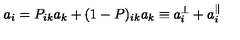
a _ { i } = P _ { i k } a _ { k } + ( 1 - P ) _ { i k } a _ { k } \equiv a _ { i } ^ { \perp } + a _ { i } ^ { \parallel }